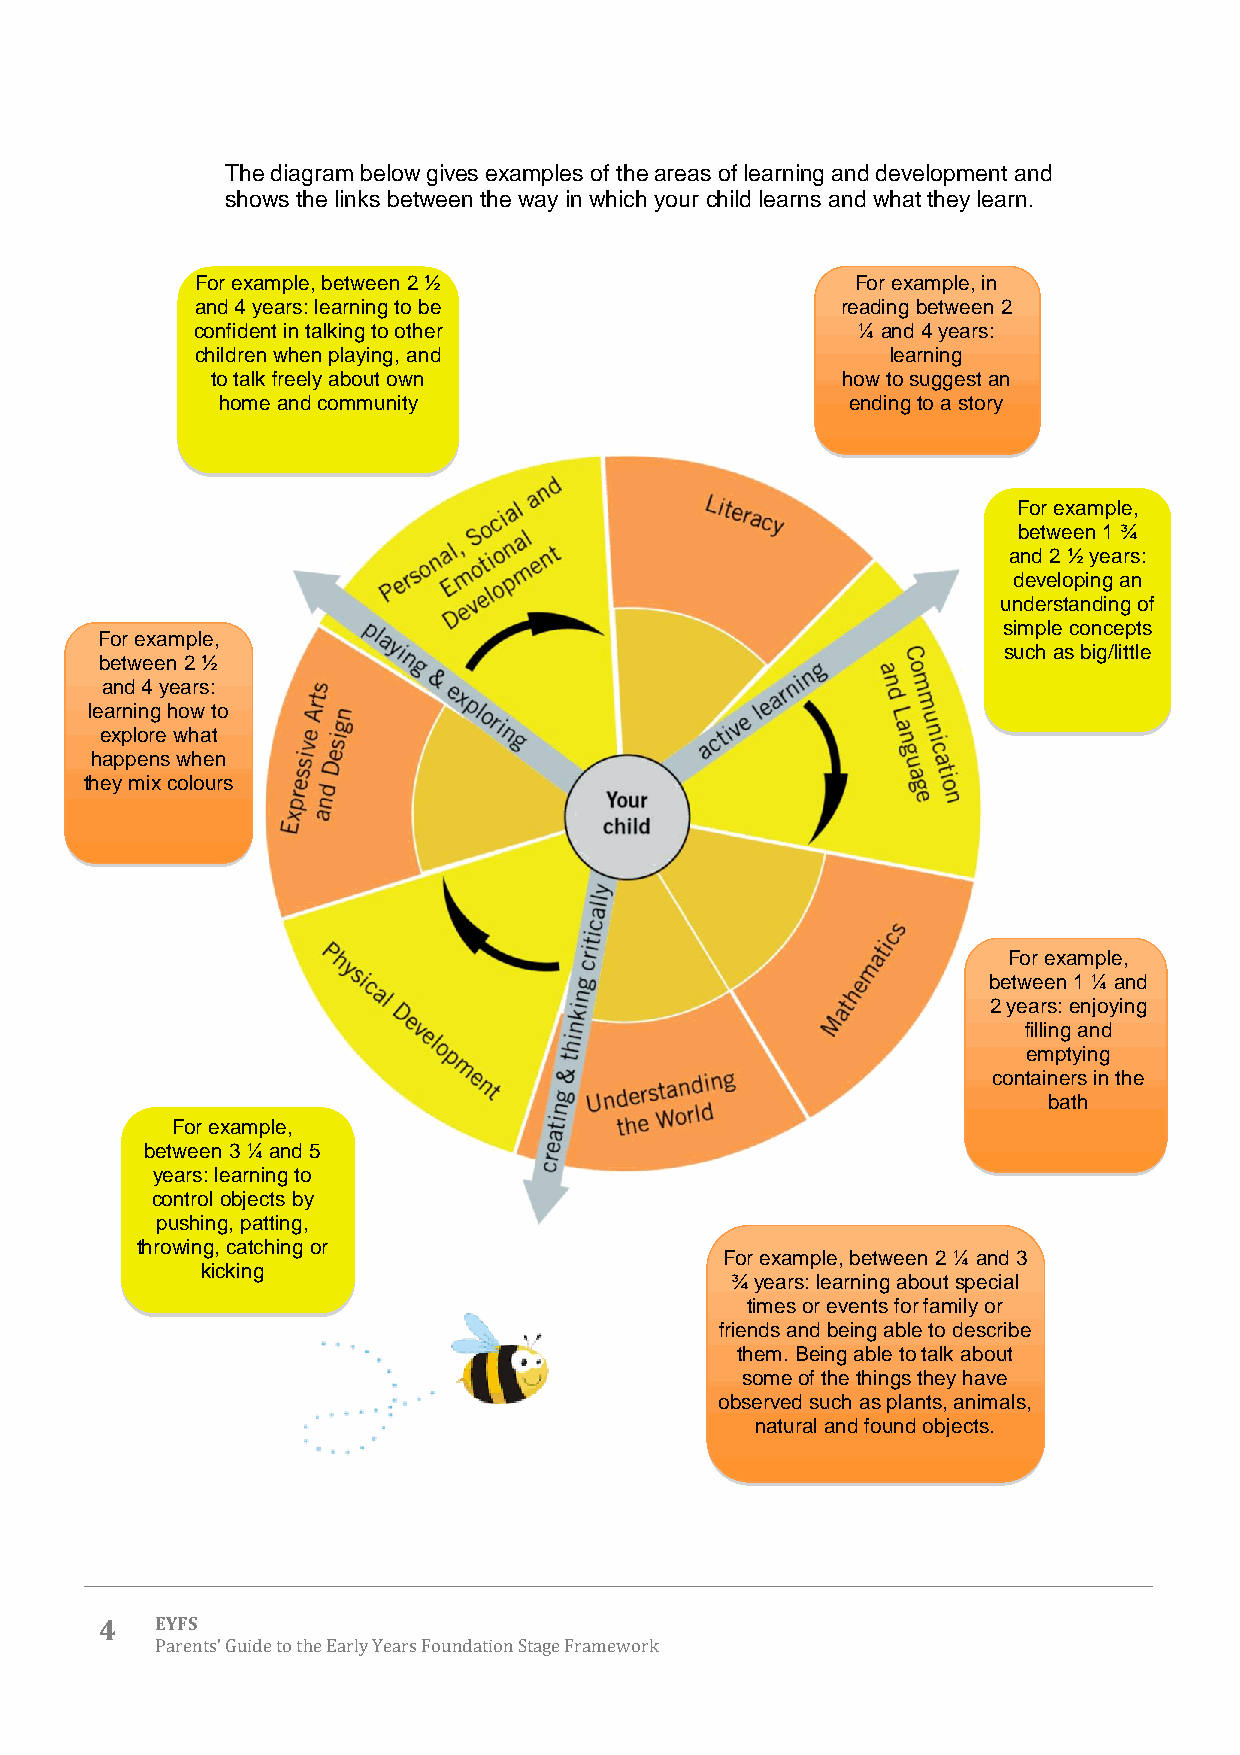
The diagram below gives examples of the areas of learning and development and
 shows the links between the way in which your child learns and what they learn.
 For example, between 2 ½                    For example, in
 and 4 years: learning to be                reading between 2
 confident in talking to other               ¼ and 4 years:
 children when playing, and                    learning
 to talk freely about own                  how to suggest an
 home and community                        ending to a story
 For example,
 between 1 ¾
 and 2 ½ years:
 developing an
 understanding of
 simple concepts
 For example,
 such as big/little
 between 2 ½
 and 4 years:
 learning how to
 explore what
 happens when
 they mix colours
 For example,
 between 1 ¼ and
 2 years: enjoying
 filling and
 emptying
 containers in the
 bath
 For example,
 between 3 ¼ and 5
 years: learning to
 control objects by
 pushing, patting,
 throwing, catching or
 For example, between 2 ¼ and 3
 kicking
 ¾ years: learning about special
 times or events for family or
 friends and being able to describe
 them. Being able to talk about
 some of the things they have
 observed such as plants, animals,
 natural and found objects.
 4  EYFS
 Parents’ Guide to the Early Years Foundation Stage Framework